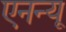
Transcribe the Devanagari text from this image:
एनन्यू